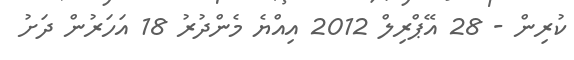
ކުރިން - 28 އޭޕްރިލް 2012 އިއްޔެ މެންދުރު 18 އަހަރުން ދަށު